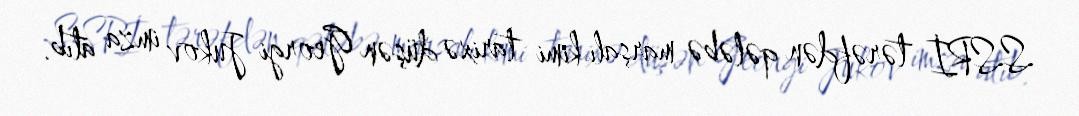
SSRİ tərəfdən qələbə marşalı kimi tarixə düşən Georgi Jukov imza atıb.